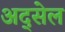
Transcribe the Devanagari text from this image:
अद्सेल